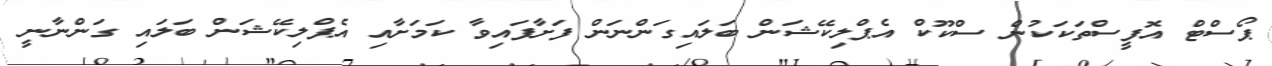
ޕޯސްޓް އޮފީސްތަކަކުން ސްކޫކް އެޕްލިކޭޝަން ބަލައިގަންނަން ފަށާފައިވާ ކަމަށާއި އެޕްލިކޭޝަން ބަލައި ގަންނާނީ